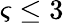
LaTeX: \varsigma\le 3